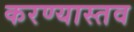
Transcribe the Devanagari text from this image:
करण्यास्तव